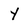
Character: Y